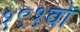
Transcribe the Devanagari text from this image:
१९१वॉ